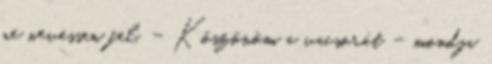
ne nevessen fel. – Köszönöm a vacsorát – mondja